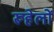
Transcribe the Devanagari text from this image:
रूहेलों